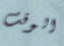
الوقت